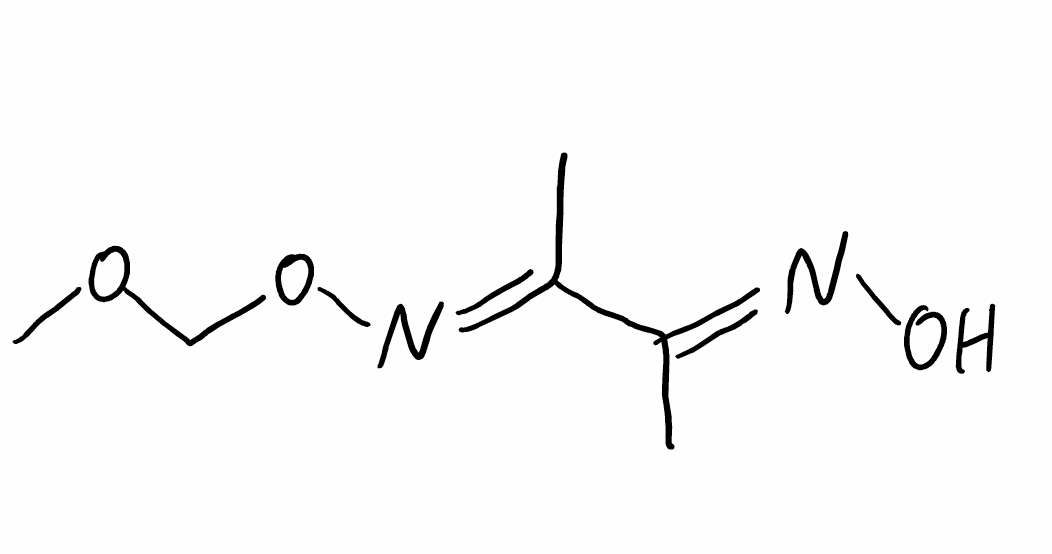
Simplified molecular-input line-entry system (SMILES) notation of the given molecule:
C/C(=N\O)/C(=N/OCOC)/C